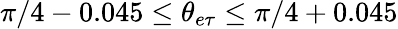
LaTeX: \pi/4-0.045\leq\theta_{e\tau}\leq\pi/4+0.045